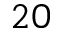
_ { 2 0 }